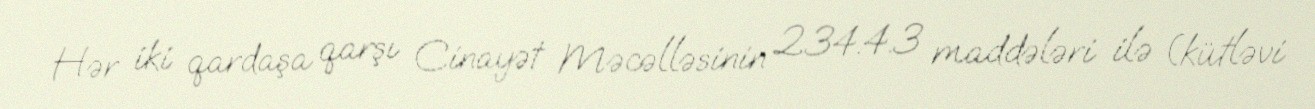
Hər iki qardaşa qarşı Cinayət Məcəlləsinin 234.4.3 maddələri ilə (kütləvi